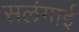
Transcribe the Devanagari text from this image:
सलंगाई